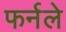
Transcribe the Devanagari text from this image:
फर्नले